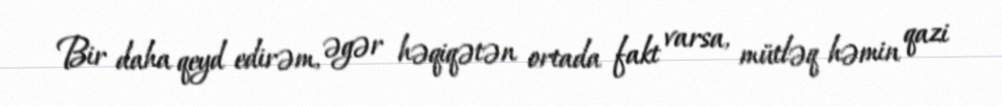
Bir daha qeyd edirəm, əgər həqiqətən ortada fakt varsa, mütləq həmin qazi